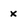
Character: x